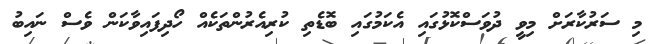
މި ސަރުކާރަށް މިވީ ދުވަސްކޮޅުގައި އެކަމުގައި ބޮޑެތި ކުރިއެރުންތަކެއް ހޯދިފައިވާކަން ވެސް ނައިބު